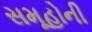
સમૂહોની